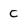
Character: c